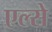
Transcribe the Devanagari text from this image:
एल्से